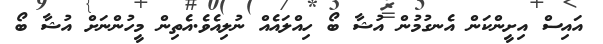
އައިސް އިށީންކަން އެނގުމުން އުޝާ ބޯ ހިއްލައެއް ނުލިއެވެ.އެތިން މީހުންނަށް އުޝާ ބޯ